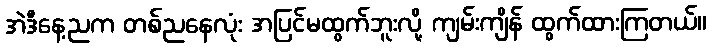
အဲဒီနေ့ညက တစ်ညနေလုံး အပြင်မထွက်ဘူးလို့ ကျမ်းကျိန် ထွက်ထားကြတယ်။